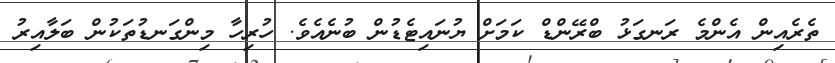
ތެރެއިން އެންމެ ރަނގަޅު ބްރޭންޑް ކަމަށް ޔުނައިޓެޑުން ބުނެއެވެ. ހުރިހާ މިންގަނޑުތަކުން ބަލާއިރު